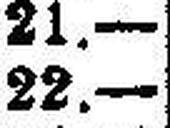
22.—